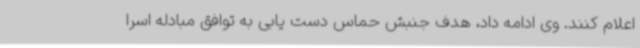
اعلام کنند. وی ادامه داد، هدف جنبش حماس دست یابی به توافق مبادله اسرا